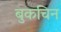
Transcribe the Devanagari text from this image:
बुकचिन